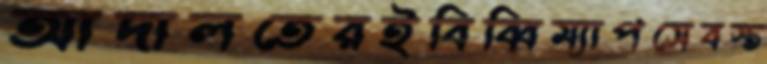
আদালতেরইবিব্বিম্যাপসেবস্ত